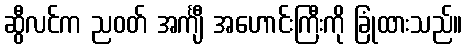
ဆွီလင်က ညဝတ် အင်္ကျီ အဟောင်းကြီးကို ခြုံထားသည်။